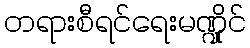
တရားစီရင်ရေးမဏ္ဍိုင်